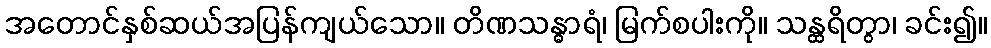
အတောင်နှစ်ဆယ်အပြန်ကျယ်သော။ တိဏသန္ဓာရံ၊ မြက်စပါးကို။ သန္ထရိတွာ၊ ခင်း၍။